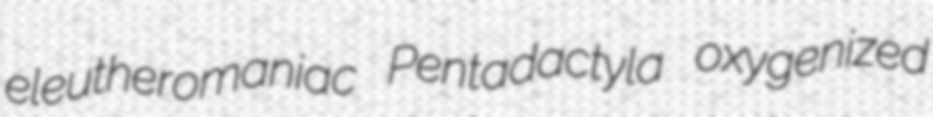
eleutheromaniac Pentadactyla oxygenized